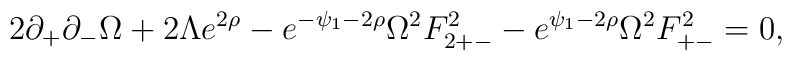
2\partial_+ \partial_- \Omega +2\Lambda e^{2\rho}-e^{-\psi_1-2\rho}\Omega^2 F^2_{2+-}-e^{\psi_1-2\rho}\Omega^2 F^2_{+-}=0 ,